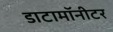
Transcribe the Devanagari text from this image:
डाटामॉनीटर